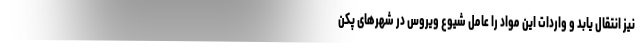
نیز انتقال یابد و واردات این مواد را عامل شیوع ویروس در شهرهای پکن